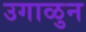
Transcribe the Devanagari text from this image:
उगाळुन